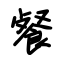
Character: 餐